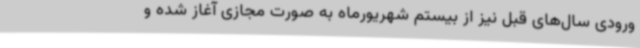
ورودی سال‌های قبل نیز از بیستم شهریورماه به صورت مجازی آغاز شده و